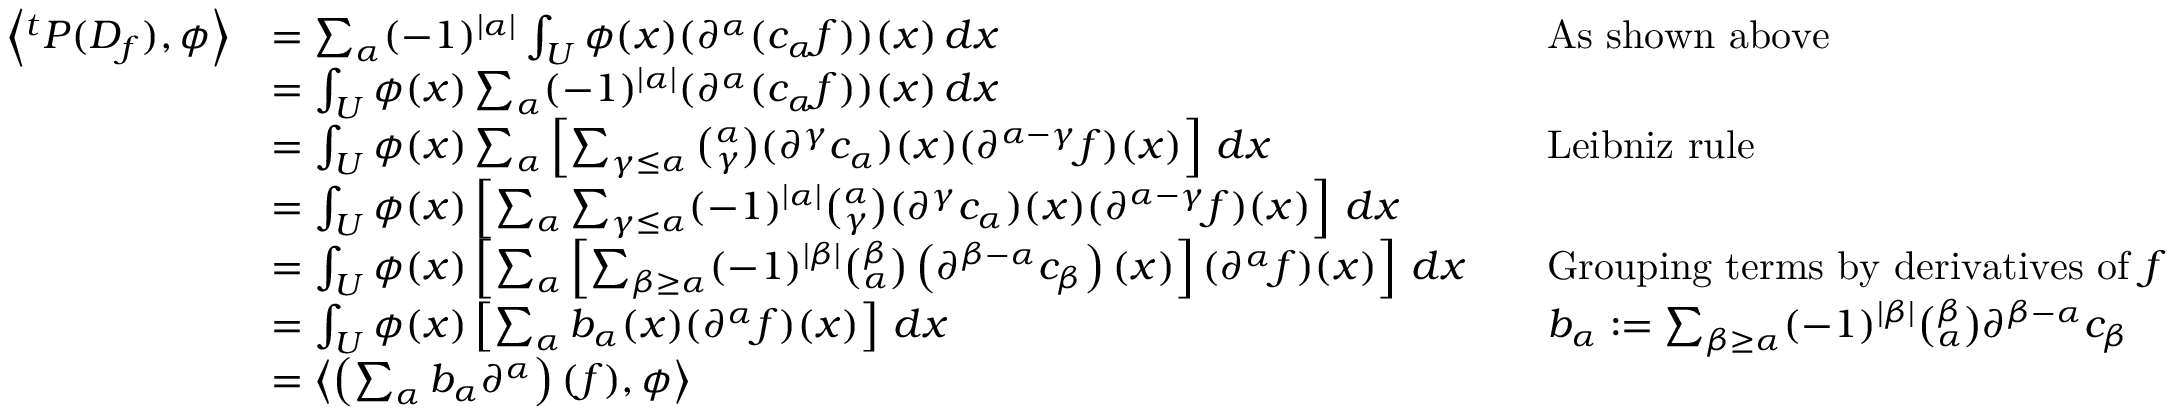
{ \begin{array} { r l r l } { \left\langle ^ { t } P ( D _ { f } ) , \phi \right\rangle } & { = \sum _ { \alpha } ( - 1 ) ^ { | \alpha | } \int _ { U } \phi ( x ) ( \partial ^ { \alpha } ( c _ { \alpha } f ) ) ( x ) \, d x } & & { { \mathrm { A s ~ s h o w n ~ a b o v e } } } \\ & { = \int _ { U } \phi ( x ) \sum _ { \alpha } ( - 1 ) ^ { | \alpha | } ( \partial ^ { \alpha } ( c _ { \alpha } f ) ) ( x ) \, d x } \\ & { = \int _ { U } \phi ( x ) \sum _ { \alpha } \left[ \sum _ { \gamma \leq \alpha } { \binom { \alpha } { \gamma } } ( \partial ^ { \gamma } c _ { \alpha } ) ( x ) ( \partial ^ { \alpha - \gamma } f ) ( x ) \right] \, d x } & & { { \mathrm { L e i b n i z ~ r u l e } } } \\ & { = \int _ { U } \phi ( x ) \left[ \sum _ { \alpha } \sum _ { \gamma \leq \alpha } ( - 1 ) ^ { | \alpha | } { \binom { \alpha } { \gamma } } ( \partial ^ { \gamma } c _ { \alpha } ) ( x ) ( \partial ^ { \alpha - \gamma } f ) ( x ) \right] \, d x } \\ & { = \int _ { U } \phi ( x ) \left[ \sum _ { \alpha } \left[ \sum _ { \beta \geq \alpha } ( - 1 ) ^ { | \beta | } { \binom { \beta } { \alpha } } \left( \partial ^ { \beta - \alpha } c _ { \beta } \right) ( x ) \right] ( \partial ^ { \alpha } f ) ( x ) \right] \, d x } & & { { \mathrm { G r o u p i n g ~ t e r m s ~ b y ~ d e r i v a t i v e s ~ o f ~ } } f } \\ & { = \int _ { U } \phi ( x ) \left[ \sum _ { \alpha } b _ { \alpha } ( x ) ( \partial ^ { \alpha } f ) ( x ) \right] \, d x } & & { b _ { \alpha } : = \sum _ { \beta \geq \alpha } ( - 1 ) ^ { | \beta | } { \binom { \beta } { \alpha } } \partial ^ { \beta - \alpha } c _ { \beta } } \\ & { = \left\langle \left( \sum _ { \alpha } b _ { \alpha } \partial ^ { \alpha } \right) ( f ) , \phi \right\rangle } \end{array} }